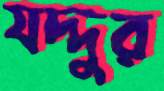
যদ্দুর